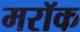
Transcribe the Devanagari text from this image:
मरॉक